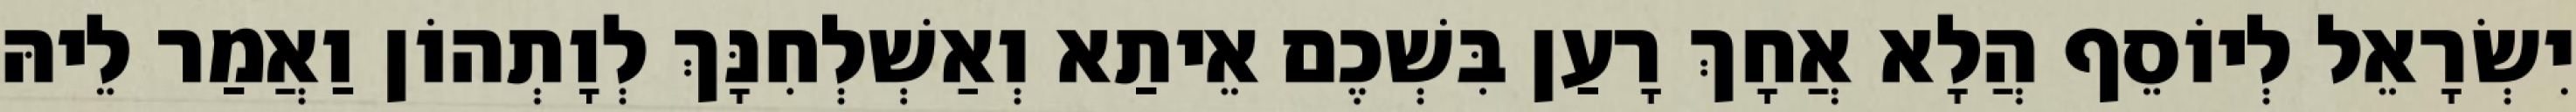
יִשְׂרָאֵל לְיוֹסֵף הֲלָא אֲחָךְ רָעַן בִּשְׁכֶם אֵיתַא וְאַשְׁלְחִנָּךְ לְוָתְהוֹן וַאֲמַר לֵיהּ